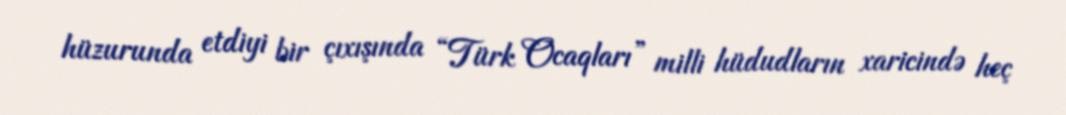
hüzurunda etdiyi bir çıxışında “Türk Ocaqları” milli hüdudların xaricində heç